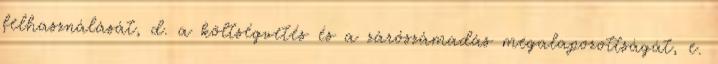
felhasználását, d. a költségvetés és a zárószámadás megalapozottságát, e.